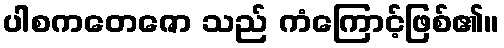
ပါစကတေဇော သည် ကံကြောင့်ဖြစ်၏။